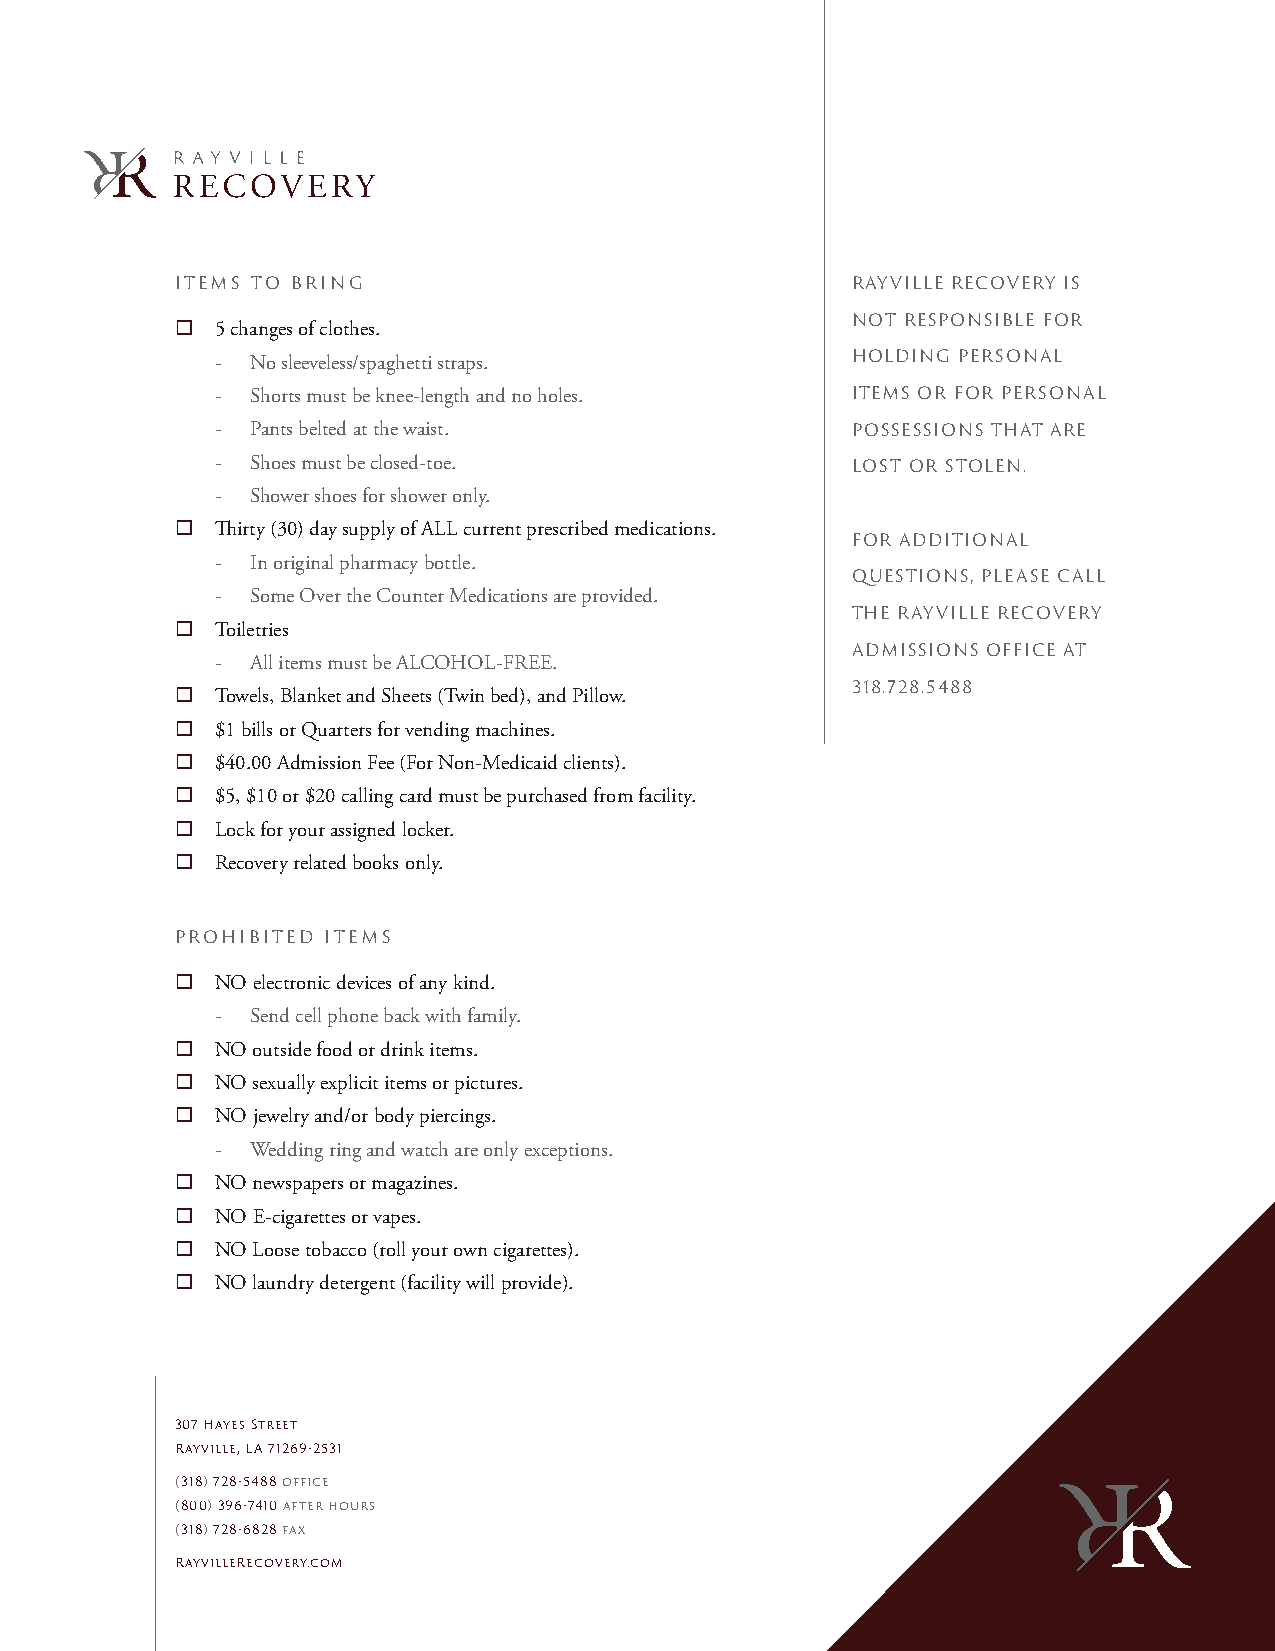
ITEMS TO BRING                              RAYVILLE RECOVERY IS
  5 changes of clothes.                     NOT RESPONSIBLE FOR
 -  No sleeveless/spaghetti straps.        HOLDING PERSONAL
 -  Shorts must be knee-length and no holes. ITEMS OR FOR PERSONAL
 -  Pants belted at the waist.             POSSESSIONS THAT ARE
 -  Shoes must be closed-toe.              LOST OR STOLEN.
 -  Shower shoes for shower only.
  Thirty (30) day supply of ALL current prescribed medications.
 FOR ADDITIONAL
 -  In original pharmacy bottle.
 QUESTIONS, PLEASE CALL
 -  Some Over the Counter Medications are provided.
 THE RAYVILLE RECOVERY
  Toiletries
 ADMISSIONS OFFICE AT
 -  All items must be ALCOHOL-FREE.
  Towels, Blanket and Sheets (Twin bed), and Pillow. 318.728.5488
  $1 bills or Quarters for vending machines.
  $40.00 Admission Fee (For Non-Medicaid clients).
  $5, $10 or $20 calling card must be purchased from facility.
  Lock for your assigned locker.
  Recovery related books only.
 PROHIBITED ITEMS
  NO electronic devices of any kind.
 -  Send cell phone back with family.
  NO outside food or drink items.
  NO sexually explicit items or pictures.
  NO jewelry and/or body piercings.
 -  Wedding ring and watch are only exceptions.
  NO newspapers or magazines.
  NO E-cigarettes or vapes.
  NO Loose tobacco (roll your own cigarettes).
  NO laundry detergent (facility will provide).
 307 Hayes Street
 Rayville, LA 71269-2531
 (318)728-5488 office
 (800)396-7410 after hours
 (318)728-6828 fax
 RayvilleRecovery.com